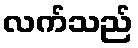
လက်သည်